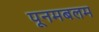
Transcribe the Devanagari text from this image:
पूनमबलम